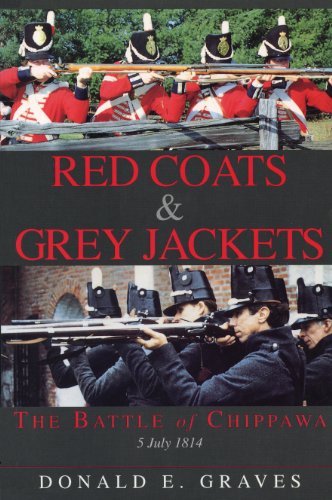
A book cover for Red Coats & Grey Jackets: The Battle of Chippawa, 5 July 1814; Donald E. Graves; History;